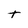
Character: t